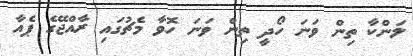
ލަންކާ ތިން ވަނަ ހޯދީ ތިން ވަނަ ހޮވާ މެޗުގައި ރާއްޖޭގެ ޕެއާ